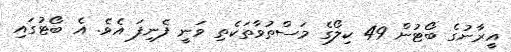
އީރާނުގެ ބޯޓުން 49 ކިލޯގެ މަސްތުވާތަކެތި ވަނީ ފެނިފަ އެވެ. އެ ބޯޓުގައި